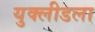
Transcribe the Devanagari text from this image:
युक्लीडला